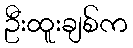
ဦးထူးချစ်က